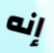
إنه